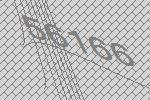
56166